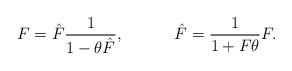
LaTeX: \begin{align*}F=\hat{F}\frac{1}{1-\theta \hat{F}}, \hspace{.5in} \hat{F}=\frac{1}{1+F\theta}F.\end{align*}